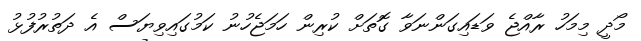
މޯދީ މިމަހު ރާއްޖެ ވަޑައިގަންނަވާ ގޮތަށް ކުރިން ހަމަޖެހުނު ކަމުގައިވިޔަސް އެ ދަތުރުފުޅު